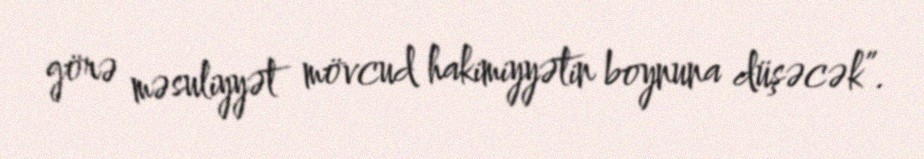
görə məsuliyyət mövcud hakimiyyətin boynuna düşəcək”.